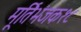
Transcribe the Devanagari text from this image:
मूर्तिभंजक१८